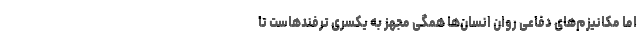
اما مکانیزم‌های دفاعی روان انسان‌ها همگی مجهز به یکسری ترفندهاست تا